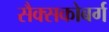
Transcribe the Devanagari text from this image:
सैक्सकोबर्ग